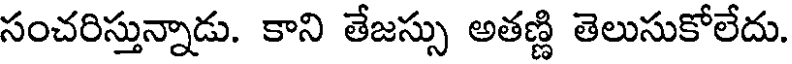
సంచరిస్తున్నాడు. కాని తేజస్సు అతణ్ణి తెలుసుకోలేదు.